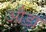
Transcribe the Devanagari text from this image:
औडा